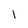
Character: 1